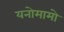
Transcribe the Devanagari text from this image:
यनोमामो